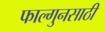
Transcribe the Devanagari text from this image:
फाल्गुनसाठी